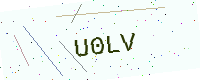
Text: U0LV